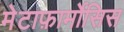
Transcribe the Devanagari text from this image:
मेटाफ़ार्मोसिस